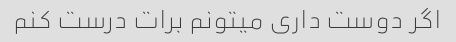
اگر دوست داری میتونم برات درست کنم